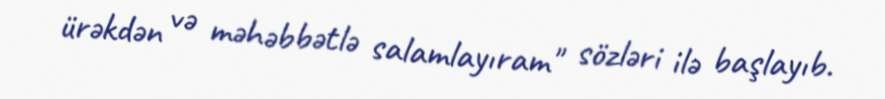
ürəkdən və məhəbbətlə salamlayıram" sözləri ilə başlayıb.